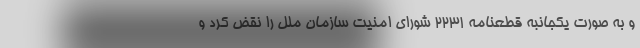
و به صورت یکجانبه قطعنامه ۲۲۳۱ شورای امنیت سازمان ملل را نقض کرد و